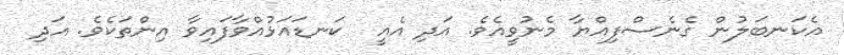
އެކަނބަލުން ގެނެސްފިއްޔާ މެނުވީއެވެ. އަދި އެއީ  ކަނޑައަޅުއްވާފައިވާ އިންތަކެވެ. އަދި